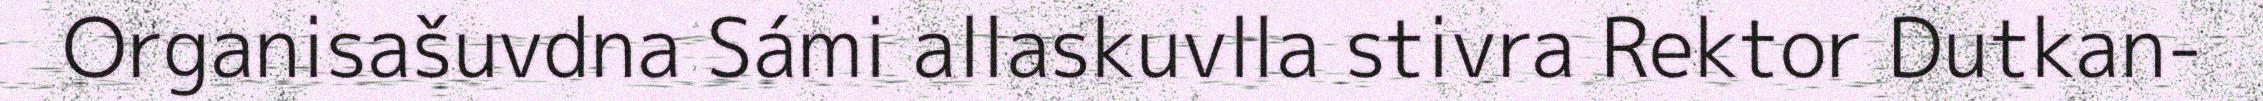
Organisašuvdna Sámi allaskuvlla stivra Rektor Dutkan-